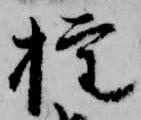
権